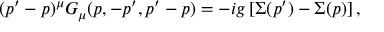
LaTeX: ( p ^ { \prime } - p ) ^ { \mu } G _ { \mu } ( p , - p ^ { \prime } , p ^ { \prime } - p ) = - i g \, [ \Sigma ( p ^ { \prime } ) - \Sigma ( p ) ] \, ,